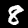
Digit: 8